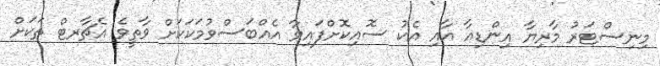
މިނިސްޓަރު މާރިޔާ އިންޑިއާ އާއި އެކު ސޮއިކޮށްފައިވާ އެއްބަސްވުމަކަކަށް ވާތީވެ އެޗާރޓް ތަކަށް